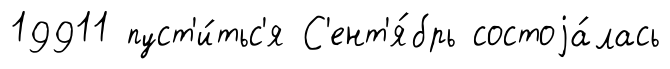
19911 пуст'и́тьс'я С'ент'я́брь состоjа́лась